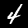
Digit: 4